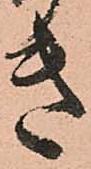
き